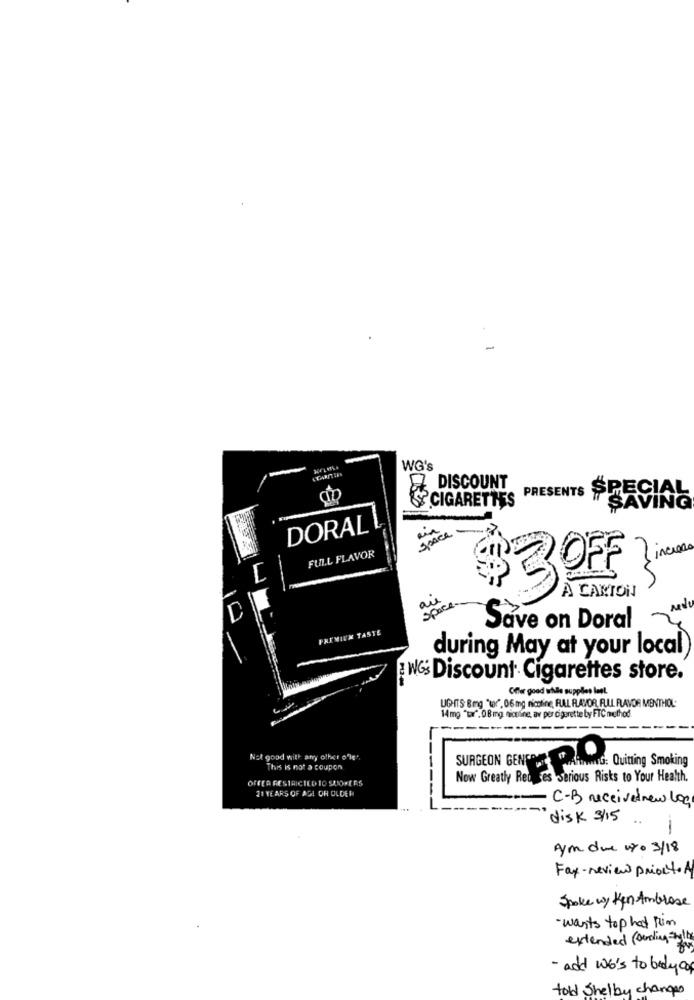
WG's
DISCOUNT
CIGARETTES
PRESENTS SPECIAL
SAVING
DORAL L
space.
FULL FLAVOR
increase
$3 OFF
A CARTON
are
space.
nedo
PREMIUM TASTE
Save on Doral
during May at your local
WG Discount Cigarettes store.
Offer good while supplies last.
UGHITS Bmg "ter, 06 mg nicotine, FAL FAXOR, FULL FLAVOR MENTHOL
14mg "tar", 0 8 mg nionline, av per cigarette by FTC method
---
Not good with any other o'le ..
SURGEON GENTEEL
This is not a coupon
HARtowwww.G: Quitting Smoking
OFFER RESTRICTED TO SUOPERS
Now Greatly Red ses serious Risks to Your Health.
21 YEARS OF AGE OR OLDER
C-B receivedrew log
disk 3/15
ym due 0 3/18
Fax - review prior to A
Spoke w/ Ken Ambrose
· wants tophat fim
extended (ouding style
- add we's to body of
told Shelby changes